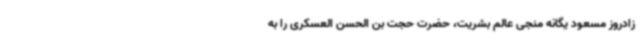
زادروز مسعود یگانه منجی عالم بشریت، حضرت حجت بن الحسن العسکری را به